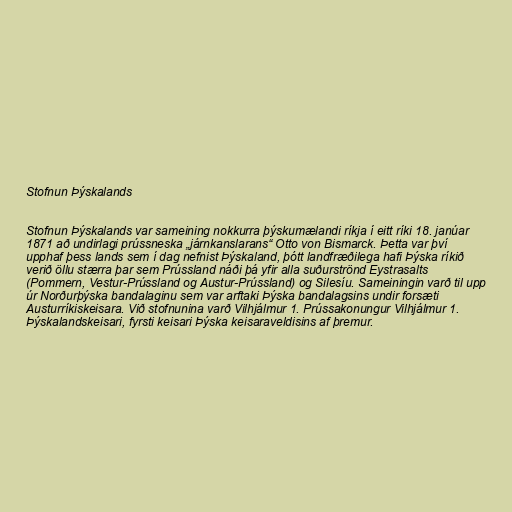
Stofnun Þýskalands

Stofnun Þýskalands var sameining nokkurra þýskumælandi ríkja í eitt ríki 18. janúar
1871 að undirlagi prússneska „járnkanslarans“ Otto von Bismarck. Þetta var því
upphaf þess lands sem í dag nefnist Þýskaland, þótt landfræðilega hafi Þýska ríkið
verið öllu stærra þar sem Prússland náði þá yfir alla suðurströnd Eystrasalts
(Pommern, Vestur-Prússland og Austur-Prússland) og Silesíu. Sameiningin varð til upp
úr Norðurþýska bandalaginu sem var arftaki Þýska bandalagsins undir forsæti
Austurríkiskeisara. Við stofnunina varð Vilhjálmur 1. Prússakonungur Vilhjálmur 1.
Þýskalandskeisari, fyrsti keisari Þýska keisaraveldisins af þremur.